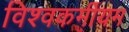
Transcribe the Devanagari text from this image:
विश्वकर्मीयम